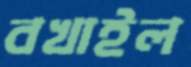
বখাইল